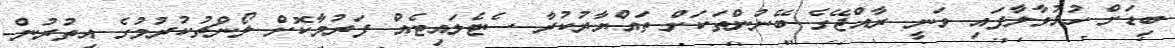
ބިޑަށް ހުޅުވާލާފައި ވަނީ ރާއްޖޭގެ ބޭނުންތަކަށް ތައްޔާރުކުރާ ސެޓެލައިޓެއް ފަރުމާކޮށް ލޯންޗުކުރުމުގެ އިތުރުން